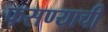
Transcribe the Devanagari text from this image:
फसण्याची